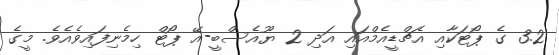
3.2 ގެ ޕޯޓަކާއި އެޗްޑީއެމްއައި އަދި 2 ޔޫއެސްބީ-އޭ ޕޯޓް ހިމެނިފައިވެއެވެ. މީގެ